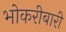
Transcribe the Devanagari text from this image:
भोकरीबारी